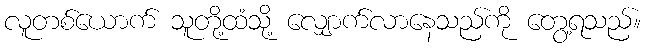
လူတစ်ယောက် သူတို့ထံသို့ လျှောက်လာနေသည်ကို တွေ့ရသည်။